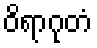
ဝိရာဂုတံ